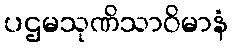
ပဌမသုဏိသာဝိမာနံ